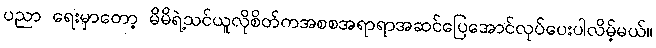
ပညာ ရေးမှာတော့ မိမိရဲ့သင်ယူလိုစိတ်ကအစစအရာရာအဆင်ပြေအောင်လုပ်ပေးပါလိမ့်မယ်။